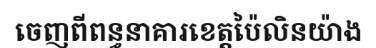
ចេញពីពន្ធនាគារខេត្តប៉ៃលិនយ៉ាង